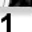
Digit: 1